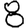
Digit: 8